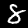
Label: 8